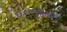
પરાજયનોનો